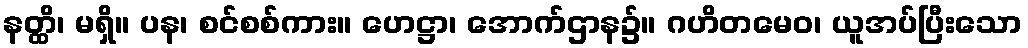
နတ္ထိ၊ မရှိ။ ပန၊ စင်စစ်ကား။ ဟေဋ္ဌာ၊ အောက်ဌာန၌။ ဂဟိတမေဝ၊ ယူအပ်ပြီးသော